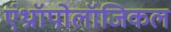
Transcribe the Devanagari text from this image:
एंथ्राॉपोलॉजिकल